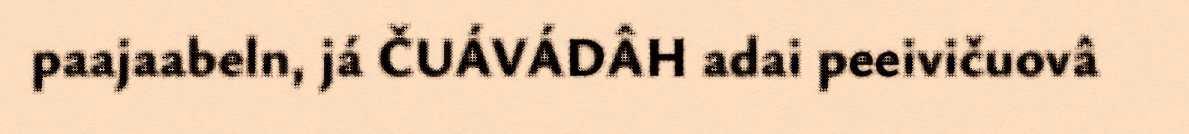
paajaabeln, já ČUÁVÁDÂH adai peeivičuovâ